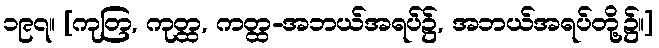
၁၉၇။ [ကုတြ, ကုတ္ထ, ကတ္ထ-အဘယ်အရပ်၌, အဘယ်အရပ်တို့၌။]